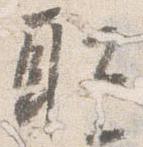
取